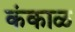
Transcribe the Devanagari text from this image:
कंकाळ